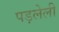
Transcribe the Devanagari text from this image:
पड़लेली